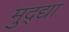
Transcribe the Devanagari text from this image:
मुद्द्या